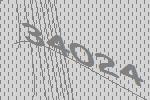
34024